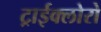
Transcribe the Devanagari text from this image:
ट्राईक्लोरो